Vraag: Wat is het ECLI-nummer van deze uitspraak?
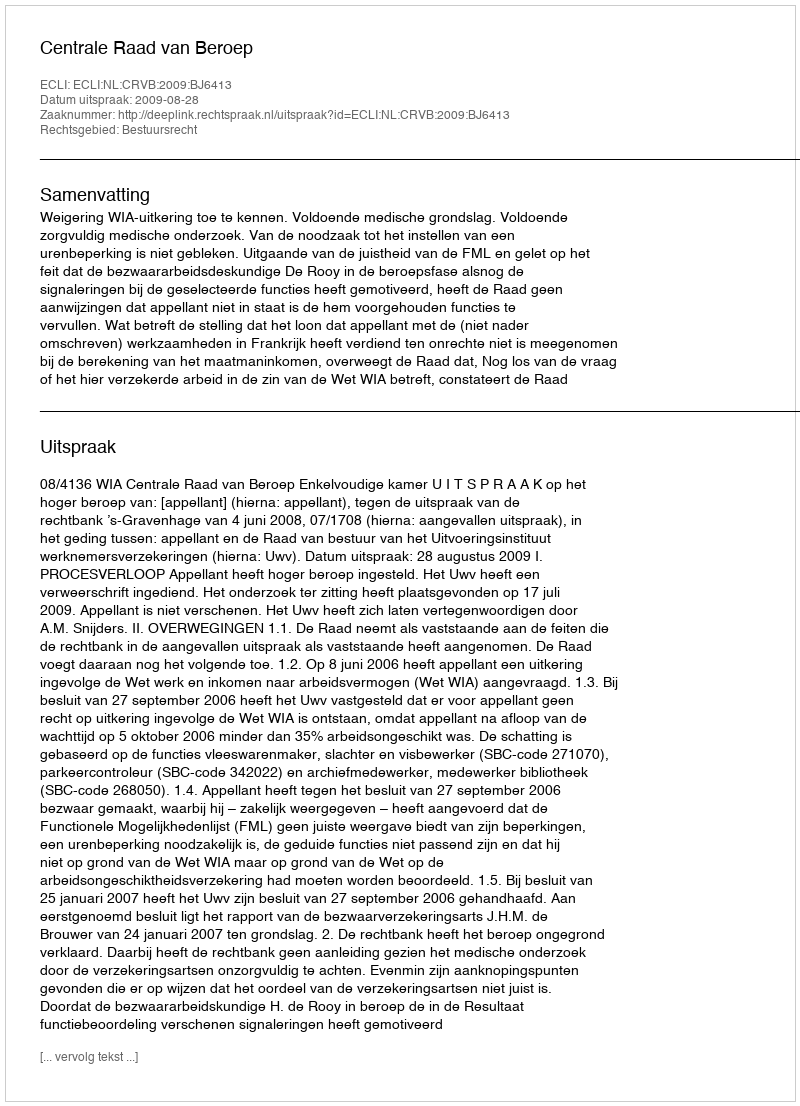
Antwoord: ECLI:NL:CRVB:2009:BJ6413